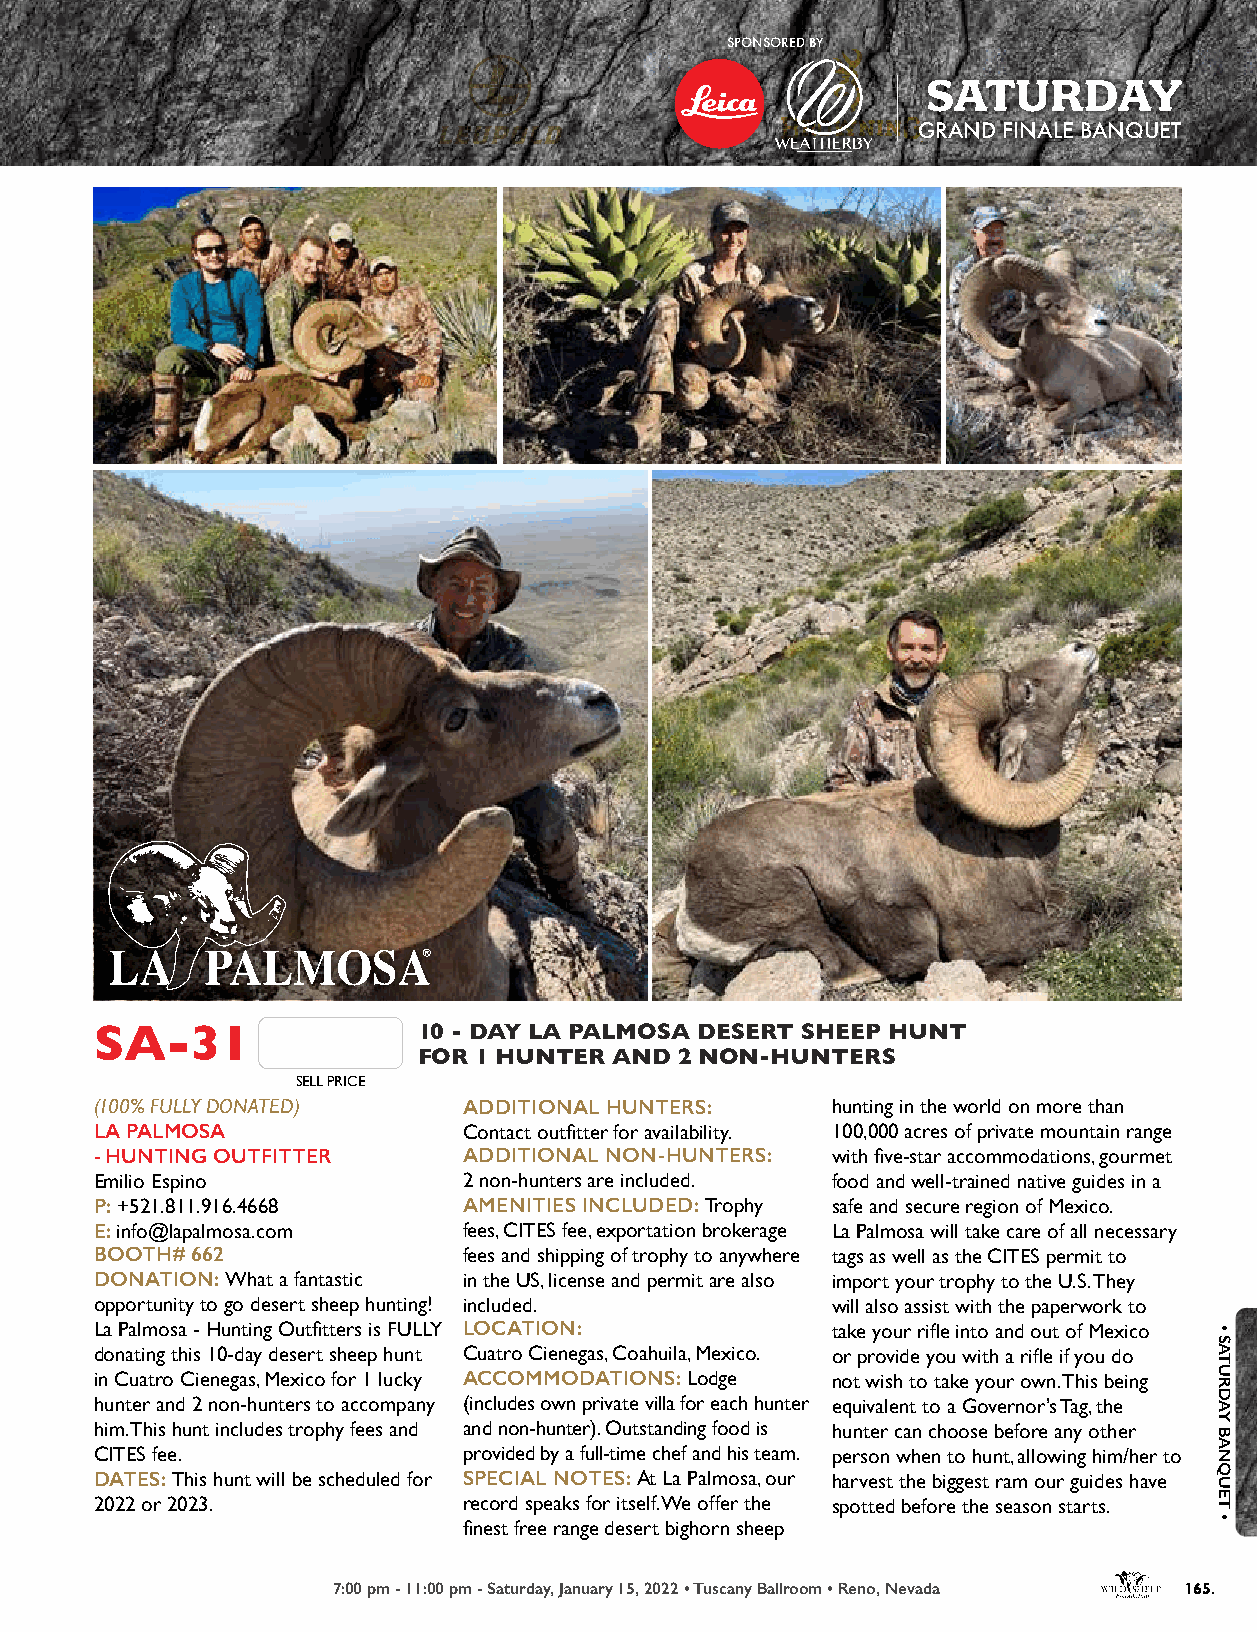
SPONSORED BY
 SATURDAY
 GRAND FINALE BANQUET
 SA-31                 10 - DAY LA PALMOSA DESERT SHEEP HUNT
 FOR 1 HUNTER AND 2 NON-HUNTERS
 SELL PRICE
 (100% FULLY DONATED)     ADDITIONAL HUNTERS:     hunting in the world on more than
 LA PALMOSA               Contact outfitter for availability. 100,000 acres of private mountain range
 - HUNTING OUTFITTER      ADDITIONAL NON-HUNTERS: with five-star accommodations, gourmet
 Emilio Espino            2 non-hunters are included. food and well-trained native guides in a
 P: +521.811.916.4668     AMENITIES INCLUDED: Trophy safe and secure region of Mexico.
 E: info@lapalmosa.com    fees, CITES fee, exportation brokerage La Palmosa will take care of all necessary
 BOOTH# 662               fees and shipping of trophy to anywhere tags as well as the CITES permit to
 DONATION: What a fantastic in the US, license and permit are also import your trophy to the U.S. They
 opportunity to go desert sheep hunting! included. will also assist with the paperwork to
 La Palmosa - Hunting Outfitters is FULLY LOCATION: take your rifle into and out of Mexico
 donating this 10-day desert sheep hunt Cuatro Cienegas, Coahuila, Mexico. or provide you with a rifle if you do
 in Cuatro Cienegas, Mexico for 1 lucky ACCOMMODATIONS: Lodge not wish to take your own. This being
 hunter and 2 non-hunters to accompany (includes own private villa for each hunter equivalent to a Governor’s Tag, the
 him. This hunt includes trophy fees and and non-hunter). Outstanding food is hunter can choose before any other
 CITES fee.               provided by a full-time chef and his team. person when to hunt, allowing him/her to
 DATES: This hunt will be scheduled for SPECIAL NOTES: At La Palmosa, our harvest the biggest ram our guides have
 2022 or 2023.            record speaks for itself. We offer the spotted before the season starts.
 finest free range desert bighorn sheep
 7:00 pm - 11:00 pm - Saturday, January 15, 2022 • Tuscany Ballroom • Reno, Nevada 165.
 •
 SATURDAY
 BANQUET
 •